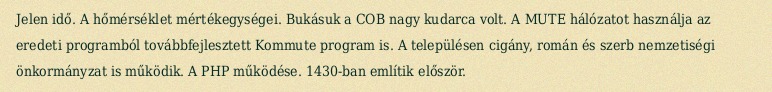
Jelen idő. A hőmérséklet mértékegységei. Bukásuk a COB nagy kudarca volt. A MUTE hálózatot használja az eredeti programból továbbfejlesztett Kommute program is. A településen cigány, román és szerb nemzetiségi önkormányzat is működik. A PHP működése. 1430-ban említik először.